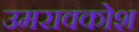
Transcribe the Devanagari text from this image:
उमरावकोश